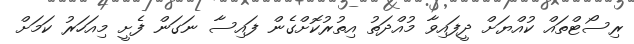
ރިސޯޓްތައް ކުއްޔަށް ދީފައިވާ މުއްދަތު އިތުރުކޮށްގެން ފައިސާ ނަގަން ފެށީ މިއަހަރު ކަމަށް